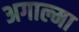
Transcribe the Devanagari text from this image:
अगाल्मा